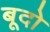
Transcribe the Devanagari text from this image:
बूदो